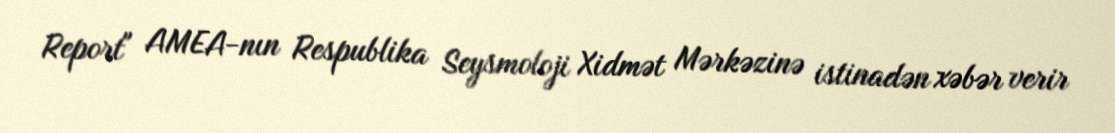
Report" AMEA-nın Respublika Seysmoloji Xidmət Mərkəzinə istinadən xəbər verir